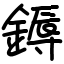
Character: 鎒